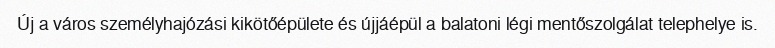
Új a város személyhajózási kikötőépülete és újjáépül a balatoni légi mentőszolgálat telephelye is.